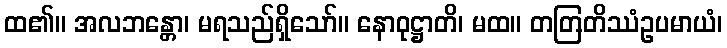
ထ၏။ အလဘန္တော၊ မရသည်ရှိသော်။ နောဝုဋ္ဌာတိ၊ မထ။ တတြတိဿံဥပမာယံ၊